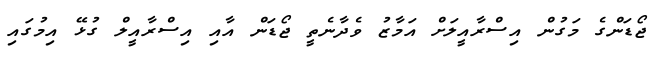
ޖޯޑަންގެ މަގުން އިސްރާއީލަށް އަމާޒު ވެދާނެތީ ޖޯޑަން އާއި އިސްރާއީލް ގުޅޭ އިމުގައި